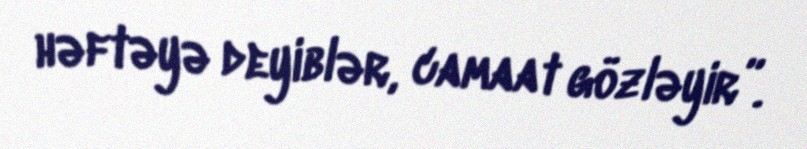
həftəyə deyiblər, camaat gözləyir”.